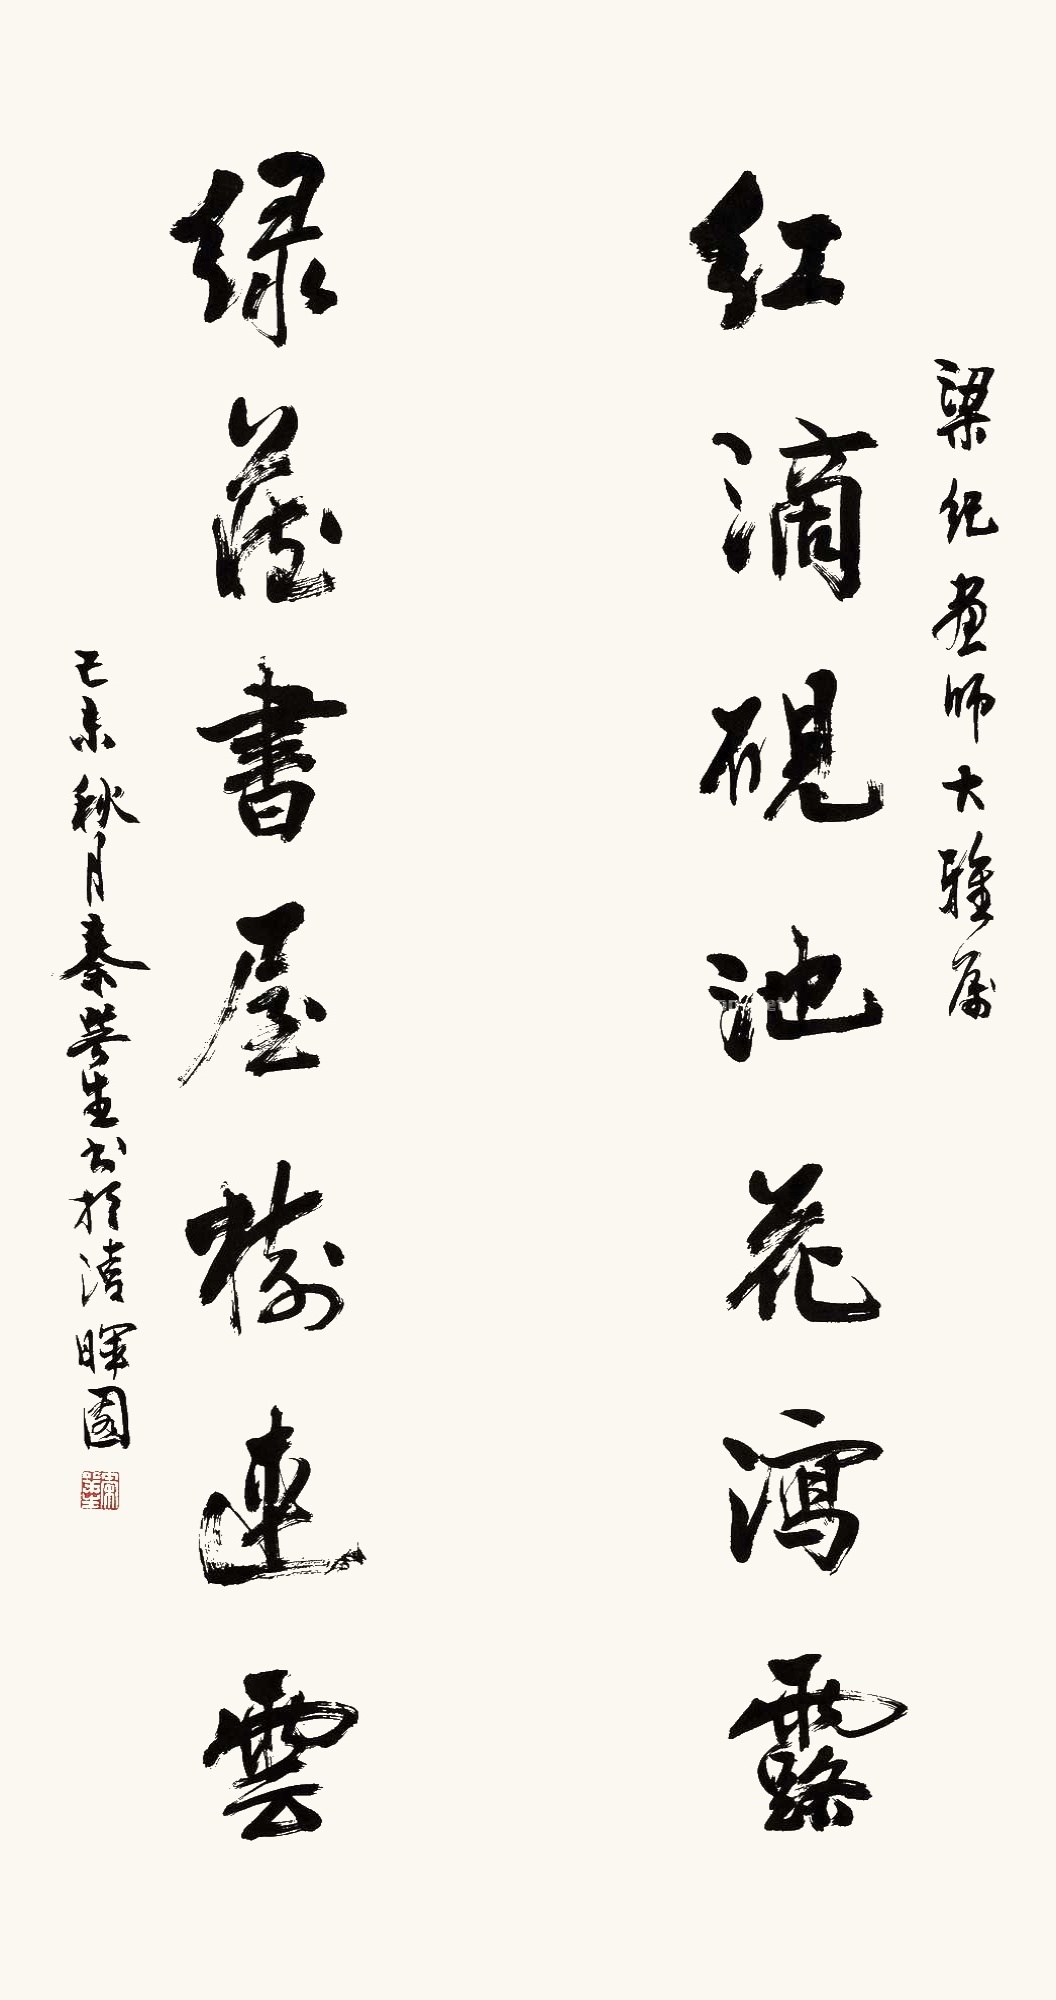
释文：红滴砚池花泻露，绿藏书屋树连云。梁纪画师大雅属，己未秋月，秦咢生书于清晖园。